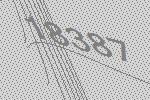
18387